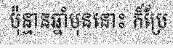
ប៉ុន្មានឆ្នាំមុននោះ ក៏ប្រែ